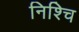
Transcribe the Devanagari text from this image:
निश्चि